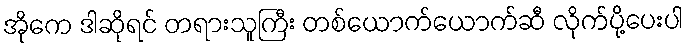
အိုကေ ဒါဆိုရင် တရားသူကြီး တစ်ယောက်ယောက်ဆီ လိုက်ပို့ပေးပါ